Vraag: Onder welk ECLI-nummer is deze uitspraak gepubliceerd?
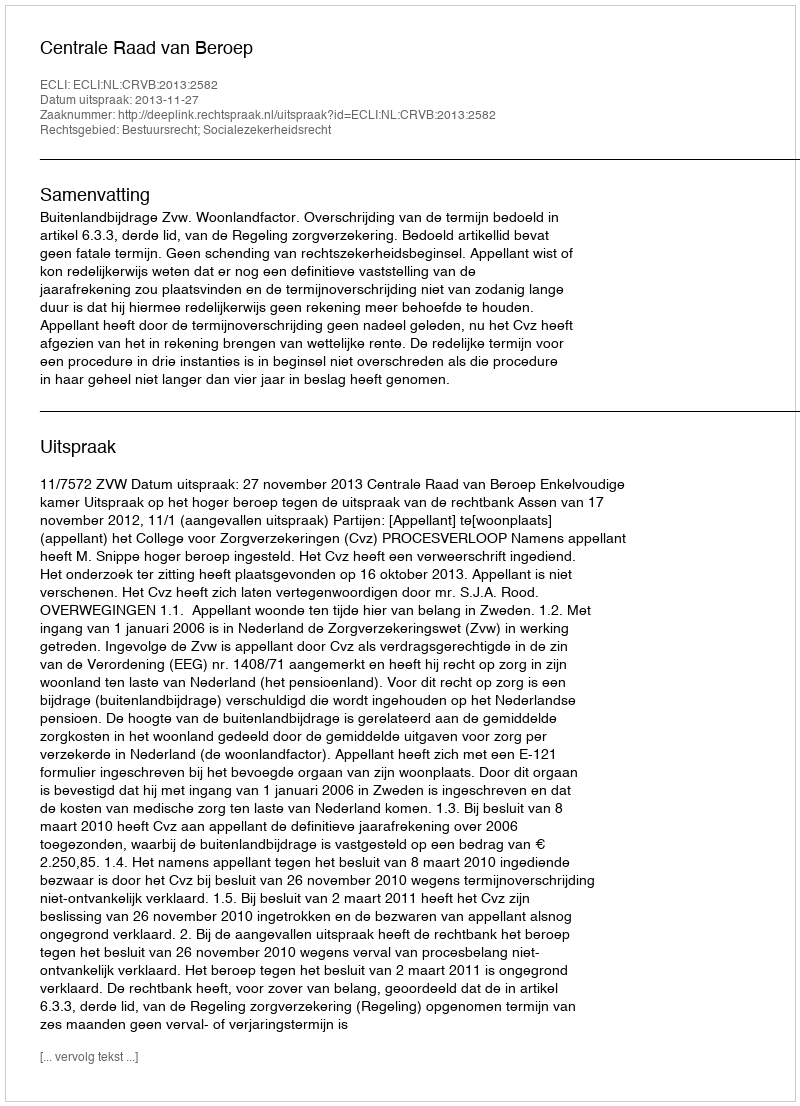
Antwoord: ECLI:NL:CRVB:2013:2582